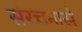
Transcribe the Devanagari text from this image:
संरचनासे